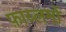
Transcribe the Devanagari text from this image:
फ़ाय्लमों